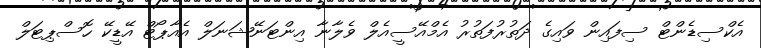
އެކްސިޑެންޓް ސިފައިން ވައިގެ ދަތުރުފަތުރު އެމްއޭސީއެލް ވެލާނާ އިންޓަނޭޝަނަލް އެއާޕޯޓް އޭޑީކޭ ހޮސްޕިޓަލް